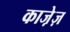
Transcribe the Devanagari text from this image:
काजे़ज़